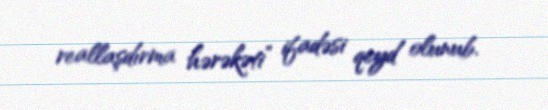
reallaşdırma hərəkəti” ifadəsi qeyd olunub.